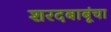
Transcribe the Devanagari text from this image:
शरदबाबूंचा